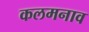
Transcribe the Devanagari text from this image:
कलमनाव